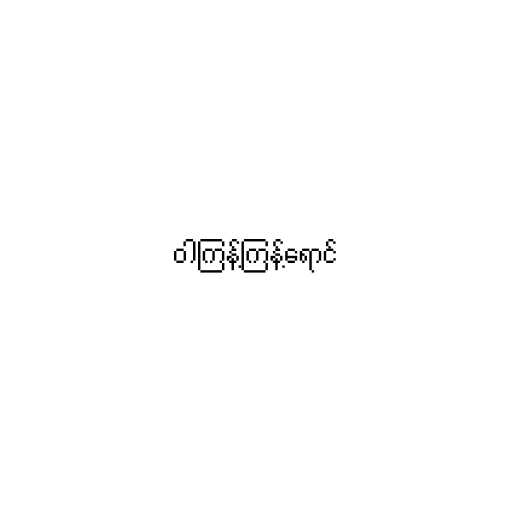
ဝါကြန့်ကြန့်ရောင်